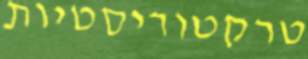
טרקטוריסטיות